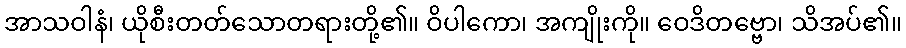
အာသဝါနံ၊ ယိုစီးတတ်သောတရားတို့၏။ ဝိပါကော၊ အကျိုးကို။ ဝေဒိတဗ္ဗော၊ သိအပ်၏။